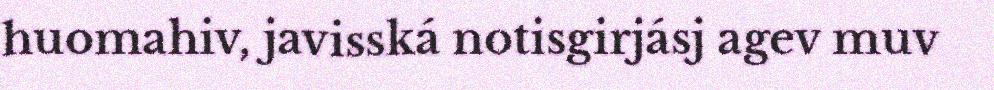
huomahiv, javisská notisgirjásj agev muv